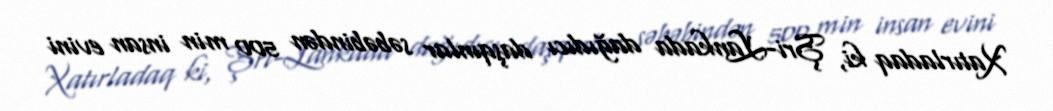
Xatırladaq ki, Şri-Lankada dağıdıcı daşqınlar səbəbindən 500 min insan evini